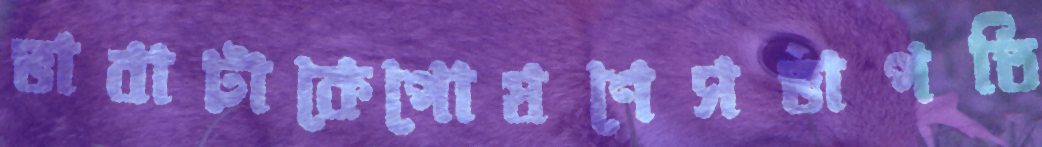
ভাবাটাকেপোষণেসভাপতি